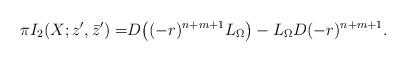
LaTeX: \begin{align*}\pi I_2(X;z^{\prime},\bar{z}^{\prime})=&D\big((-r)^{n+m+1}L_{\Omega}\big)-L_{\Omega}D(-r)^{n+m+1}.\end{align*}